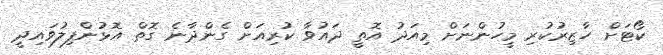
ކޯޓަށް ހާޒިރުކުރި މީހުންނަށް މިއަދު އޮތީ ދައުވާ ކުރިއަށް ގެންދާނެ ގޮތް އޮޅުންފިލުވައިދީ